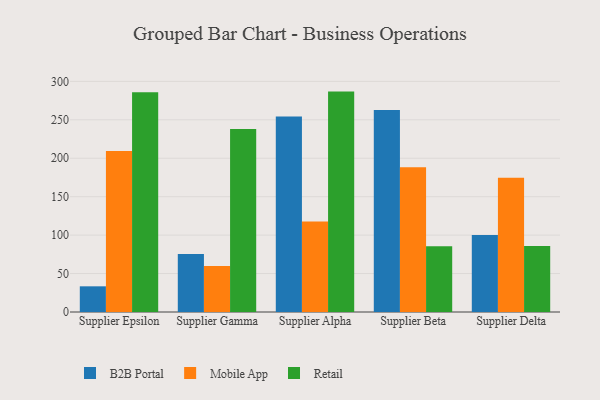
{"axis": {"x": "Supplier", "y": "Churn Rate (%)"}, "legend": ["B2B Portal", "Mobile App", "Retail"], "data": [{"x": "Supplier Epsilon", "y": 33.4, "type": "B2B Portal"}, {"x": "Supplier Epsilon", "y": 209.3, "type": "Mobile App"}, {"x": "Supplier Epsilon", "y": 286.0, "type": "Retail"}, {"x": "Supplier Gamma", "y": 75.4, "type": "B2B Portal"}, {"x": "Supplier Gamma", "y": 60.0, "type": "Mobile App"}, {"x": "Supplier Gamma", "y": 238.2, "type": "Retail"}, {"x": "Supplier Alpha", "y": 254.2, "type": "B2B Portal"}, {"x": "Supplier Alpha", "y": 117.8, "type": "Mobile App"}, {"x": "Supplier Alpha", "y": 286.7, "type": "Retail"}, {"x": "Supplier Beta", "y": 262.8, "type": "B2B Portal"}, {"x": "Supplier Beta", "y": 188.4, "type": "Mobile App"}, {"x": "Supplier Beta", "y": 85.6, "type": "Retail"}, {"x": "Supplier Delta", "y": 100.2, "type": "B2B Portal"}, {"x": "Supplier Delta", "y": 174.5, "type": "Mobile App"}, {"x": "Supplier Delta", "y": 86.0, "type": "Retail"}]}